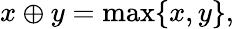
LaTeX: x\oplus y=\operatorname*{max}\{ x,y\} ,